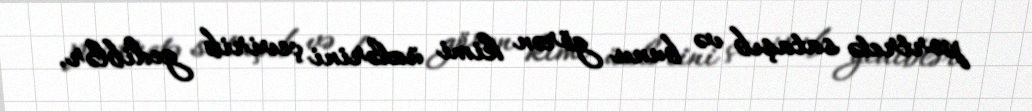
portretə sataşıb və bunu görən kimi üzlərini çevirib gediblər.